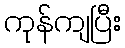
ကုန်ကျပြီး